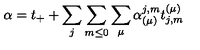
\alpha = t _ { + } + \sum _ { j } \sum _ { m \leq 0 } \sum _ { \mu } \alpha _ { ( \mu ) } ^ { j , m } t _ { j , m } ^ { ( \mu ) }